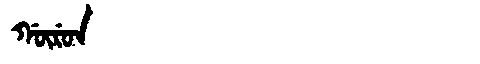
Manchu: ᡤᡡᡵᡠᠨ
Romanization: GŪRUN